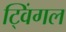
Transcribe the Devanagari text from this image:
ट्विंगल